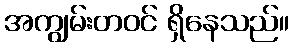
အကျွမ်းတဝင် ရှိနေသည်။